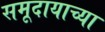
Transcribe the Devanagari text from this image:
समूदायाच्या